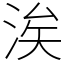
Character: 涘